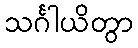
သင်္ဂါယိတွာ